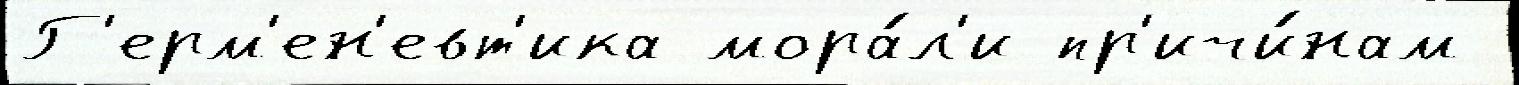
Г'ерм'ен'евт'ика мора́л'и пр'ичи́нам